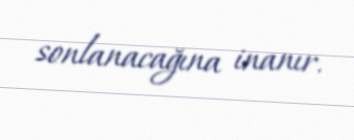
sonlanacağına inanır.